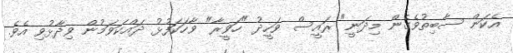
އެކަން ސާބިތުވެގެން މިދަނީ" ރައީސް ވަހީދު "ހަވީރާ" ވާހަކަފުޅު ދައްކަވަމުން ވިދާޅުވި އެވެ.